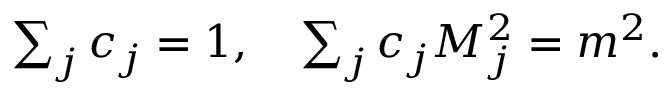
\begin{array} { r } { \sum _ { j } c _ { j } = 1 , \quad \sum _ { j } c _ { j } M _ { j } ^ { 2 } = m ^ { 2 } . } \end{array}